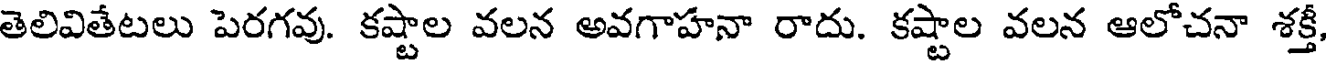
తెలివితేటలు పెరగవు. కష్టాల వలన అవగాహనా రాదు. కష్టాల వలన ఆలోచనా శక్తీ